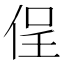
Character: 侱